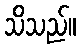
သိသည်။